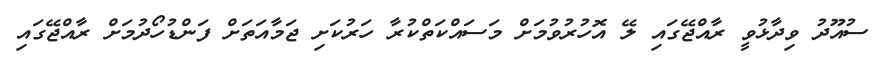
ސުއޫދު ވިދާޅުވީ ރާއްޖޭގައި ލޭ އޮހުރުވުމަށް މަސައްކަތްކުރާ ހަރުކަށި ޖަމާއަތަށް ފަންޑުހޯދުމަށް ރާއްޖޭގައި